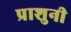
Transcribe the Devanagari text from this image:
प्राशुनी